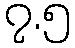
၇.၅